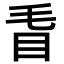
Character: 𥄥